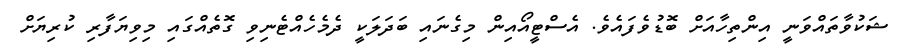
ޝަކުވާތައްވަނީ އިންތިހާއަށް ބޮޑުވެފައެވެ. އެސްޓީއޯއިން މިގެނައި ބަދަލަކީ ދެމެހެއްޓެނިވި ގޮތެއްގައި މިވިޔަފާރި ކުރިޔަށް